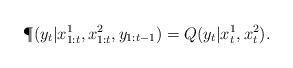
LaTeX: \begin{align*}\P(y_t|x^1_{1:t}, x^2_{1:t}, y_{1:t-1}) = Q(y_t|x^1_t, x^2_t).\end{align*}